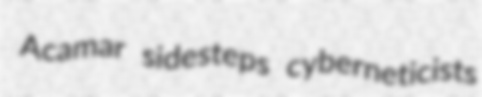
Acamar sidesteps cyberneticists